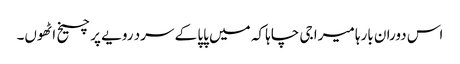
اس دوران بارہا میرا جی چاہا کہ میں پاپا کے سرد رویے پر چیخ اٹھوں۔